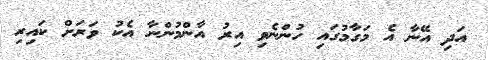
އަދި އޭނާ އެ މަގާމުގައި ހުންނެވި އިރު އާންމުންނާ އެކު ވަރަށް ކައިރި